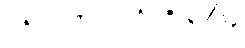
၇၅% = ၀.၇၅ = ၃/၄